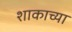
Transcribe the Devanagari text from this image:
शाकाच्या